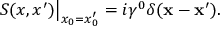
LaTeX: \left. S ( x , x ^ { \prime } ) \right| _ { x _ { 0 } = x _ { 0 } ^ { \prime } } = i \gamma ^ { 0 } \delta ( { \bf x } - { \bf x } ^ { \prime } ) .